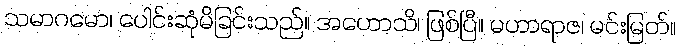
သမာဂမော၊ ပေါင်းဆုံမိခြင်းသည်။ အဟောသိ၊ ဖြစ်ပြီ။ မဟာရာဇ၊ မင်းမြတ်။